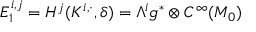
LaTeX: E _ { 1 } ^ { i , j } = H ^ { j } ( K ^ { i , \cdot } , \delta ) = \Lambda ^ { i } { \mathfrak { g } } ^ { * } \otimes C ^ { \infty } ( M _ { 0 } )